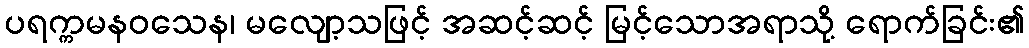
ပရက္ကမနဝသေန၊ မလျော့သဖြင့် အဆင့်ဆင့် မြင့်သောအရာသို့ ရောက်ခြင်း၏